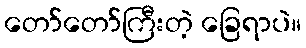
တော်တော်ကြီးတဲ့ ခြေရာပဲ။